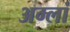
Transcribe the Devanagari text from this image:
अम्लां